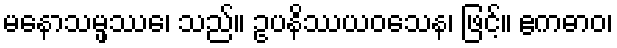
မနောသမ္ဖဿေ၊ သည်။ ဥပနိဿယဝသေန၊ ဖြင့်။ ဧကဓာဝ၊